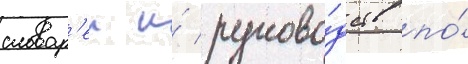
словар'еи и́ руково́дств по́